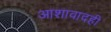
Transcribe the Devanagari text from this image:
आशावादही